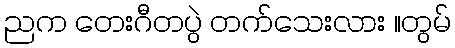
ညက တေးဂီတပွဲ တက်သေးလား ။တွမ်